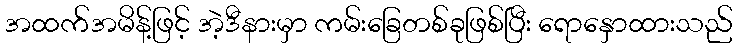
အထက်အမိန့်ဖြင့် အဲ့ဒီနားမှာ ကမ်းခြေတစ်ခုဖြစ်ပြီး ရောနှောထားသည်